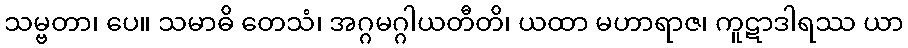
သမ္ဗတာ၊ ပေ။ သမာဓိ တေသံ၊ အဂ္ဂမဂ္ဂါယတီတိ၊ ယထာ မဟာရာဇ၊ ကူဋာဒါရဿ ယာ